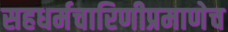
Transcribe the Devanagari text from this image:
सहधर्मचारिणीप्रमाणेच